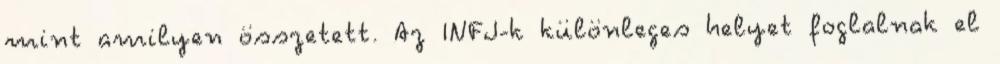
mint amilyen összetett. Az INFJ-k különleges helyet foglalnak el